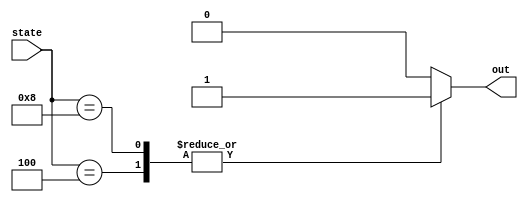
module output_sig(state, out);

input [3:0] state;
output reg out;

always @(state) begin
	case (state)
	4'b0100 : begin out = 1'b1; end
	4'b1000 : begin out = 1'b1; end
	default : begin out = 1'b0; end
	
	endcase
	end
	
endmodule